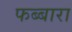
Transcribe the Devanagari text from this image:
फब्बारा